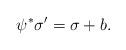
LaTeX: \begin{align*}\psi^{*}\sigma' = \sigma + b.\end{align*}